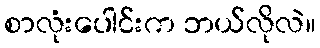
စာလုံးပေါင်းက ဘယ်လိုလဲ။